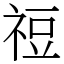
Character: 䄈